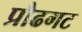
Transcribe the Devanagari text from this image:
प्रौढगट